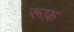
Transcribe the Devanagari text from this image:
रूफ़